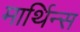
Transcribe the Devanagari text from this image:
मार्थिन्स